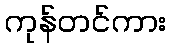
ကုန်တင်ကား